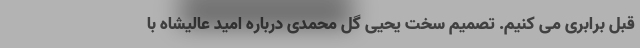
قبل برابری می کنیم. تصمیم سخت یحیی گل محمدی درباره امید عالیشاه با